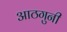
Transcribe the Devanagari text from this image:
आठगुनी